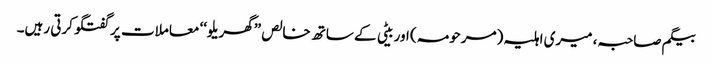
بیگم صاحبہ، میری اہلیہ (مرحومہ) اور بیٹی کے ساتھ خالص ”گھریلو‘‘ معاملات پر گفتگو کرتی رہیں۔